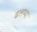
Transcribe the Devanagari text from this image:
ढलप्या